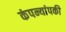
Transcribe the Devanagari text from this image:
कंपन्यांपकी